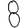
Digit: 8